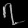
Digit: ၇